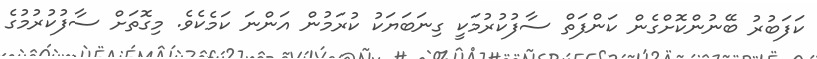
ކަފަބުރު ބޭނުންކޮށްގެން ކަންފަތް ސާފުކުރުމަކީ ގިނަބަޔަކު ކުރަމުން އަންނަ ކަމެކެވެ. މިގޮތަށް ސާފުކުރުމުގެ